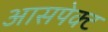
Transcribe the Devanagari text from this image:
आसपेक्ट